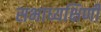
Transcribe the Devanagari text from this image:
सभाध्यक्षिणी